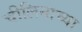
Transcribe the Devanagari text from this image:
चीलिनाच्या